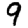
Digit: 9